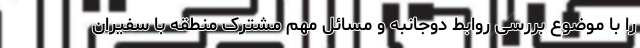
را با موضوع بررسی روابط دوجانبه و مسائل مهم مشترک منطقه با سفیران